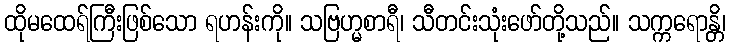
ထိုမထေရ်ကြီးဖြစ်သော ရဟန်းကို။ သဗြဟ္မစာရီ၊ သီတင်းသုံးဖော်တို့သည်။ သက္ကရောန္တိ၊